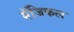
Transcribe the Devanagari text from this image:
मॅजिकल